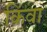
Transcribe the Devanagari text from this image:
किंवा